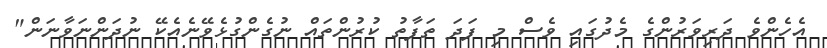
އެހެންވެ ދަރިވަރުންގެ މެދުގައި ވެސް މި ފަދަ ތަފާތު ކުރުންތައް ނުގެންގުޅެވޭނެއެކޭ ނުދަންނަވާނަން"